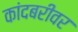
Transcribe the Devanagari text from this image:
कांदबरीवर